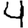
Digit: 4